NAE_EAOK_eestikeelsed_sunnimeetrikad, lk 30
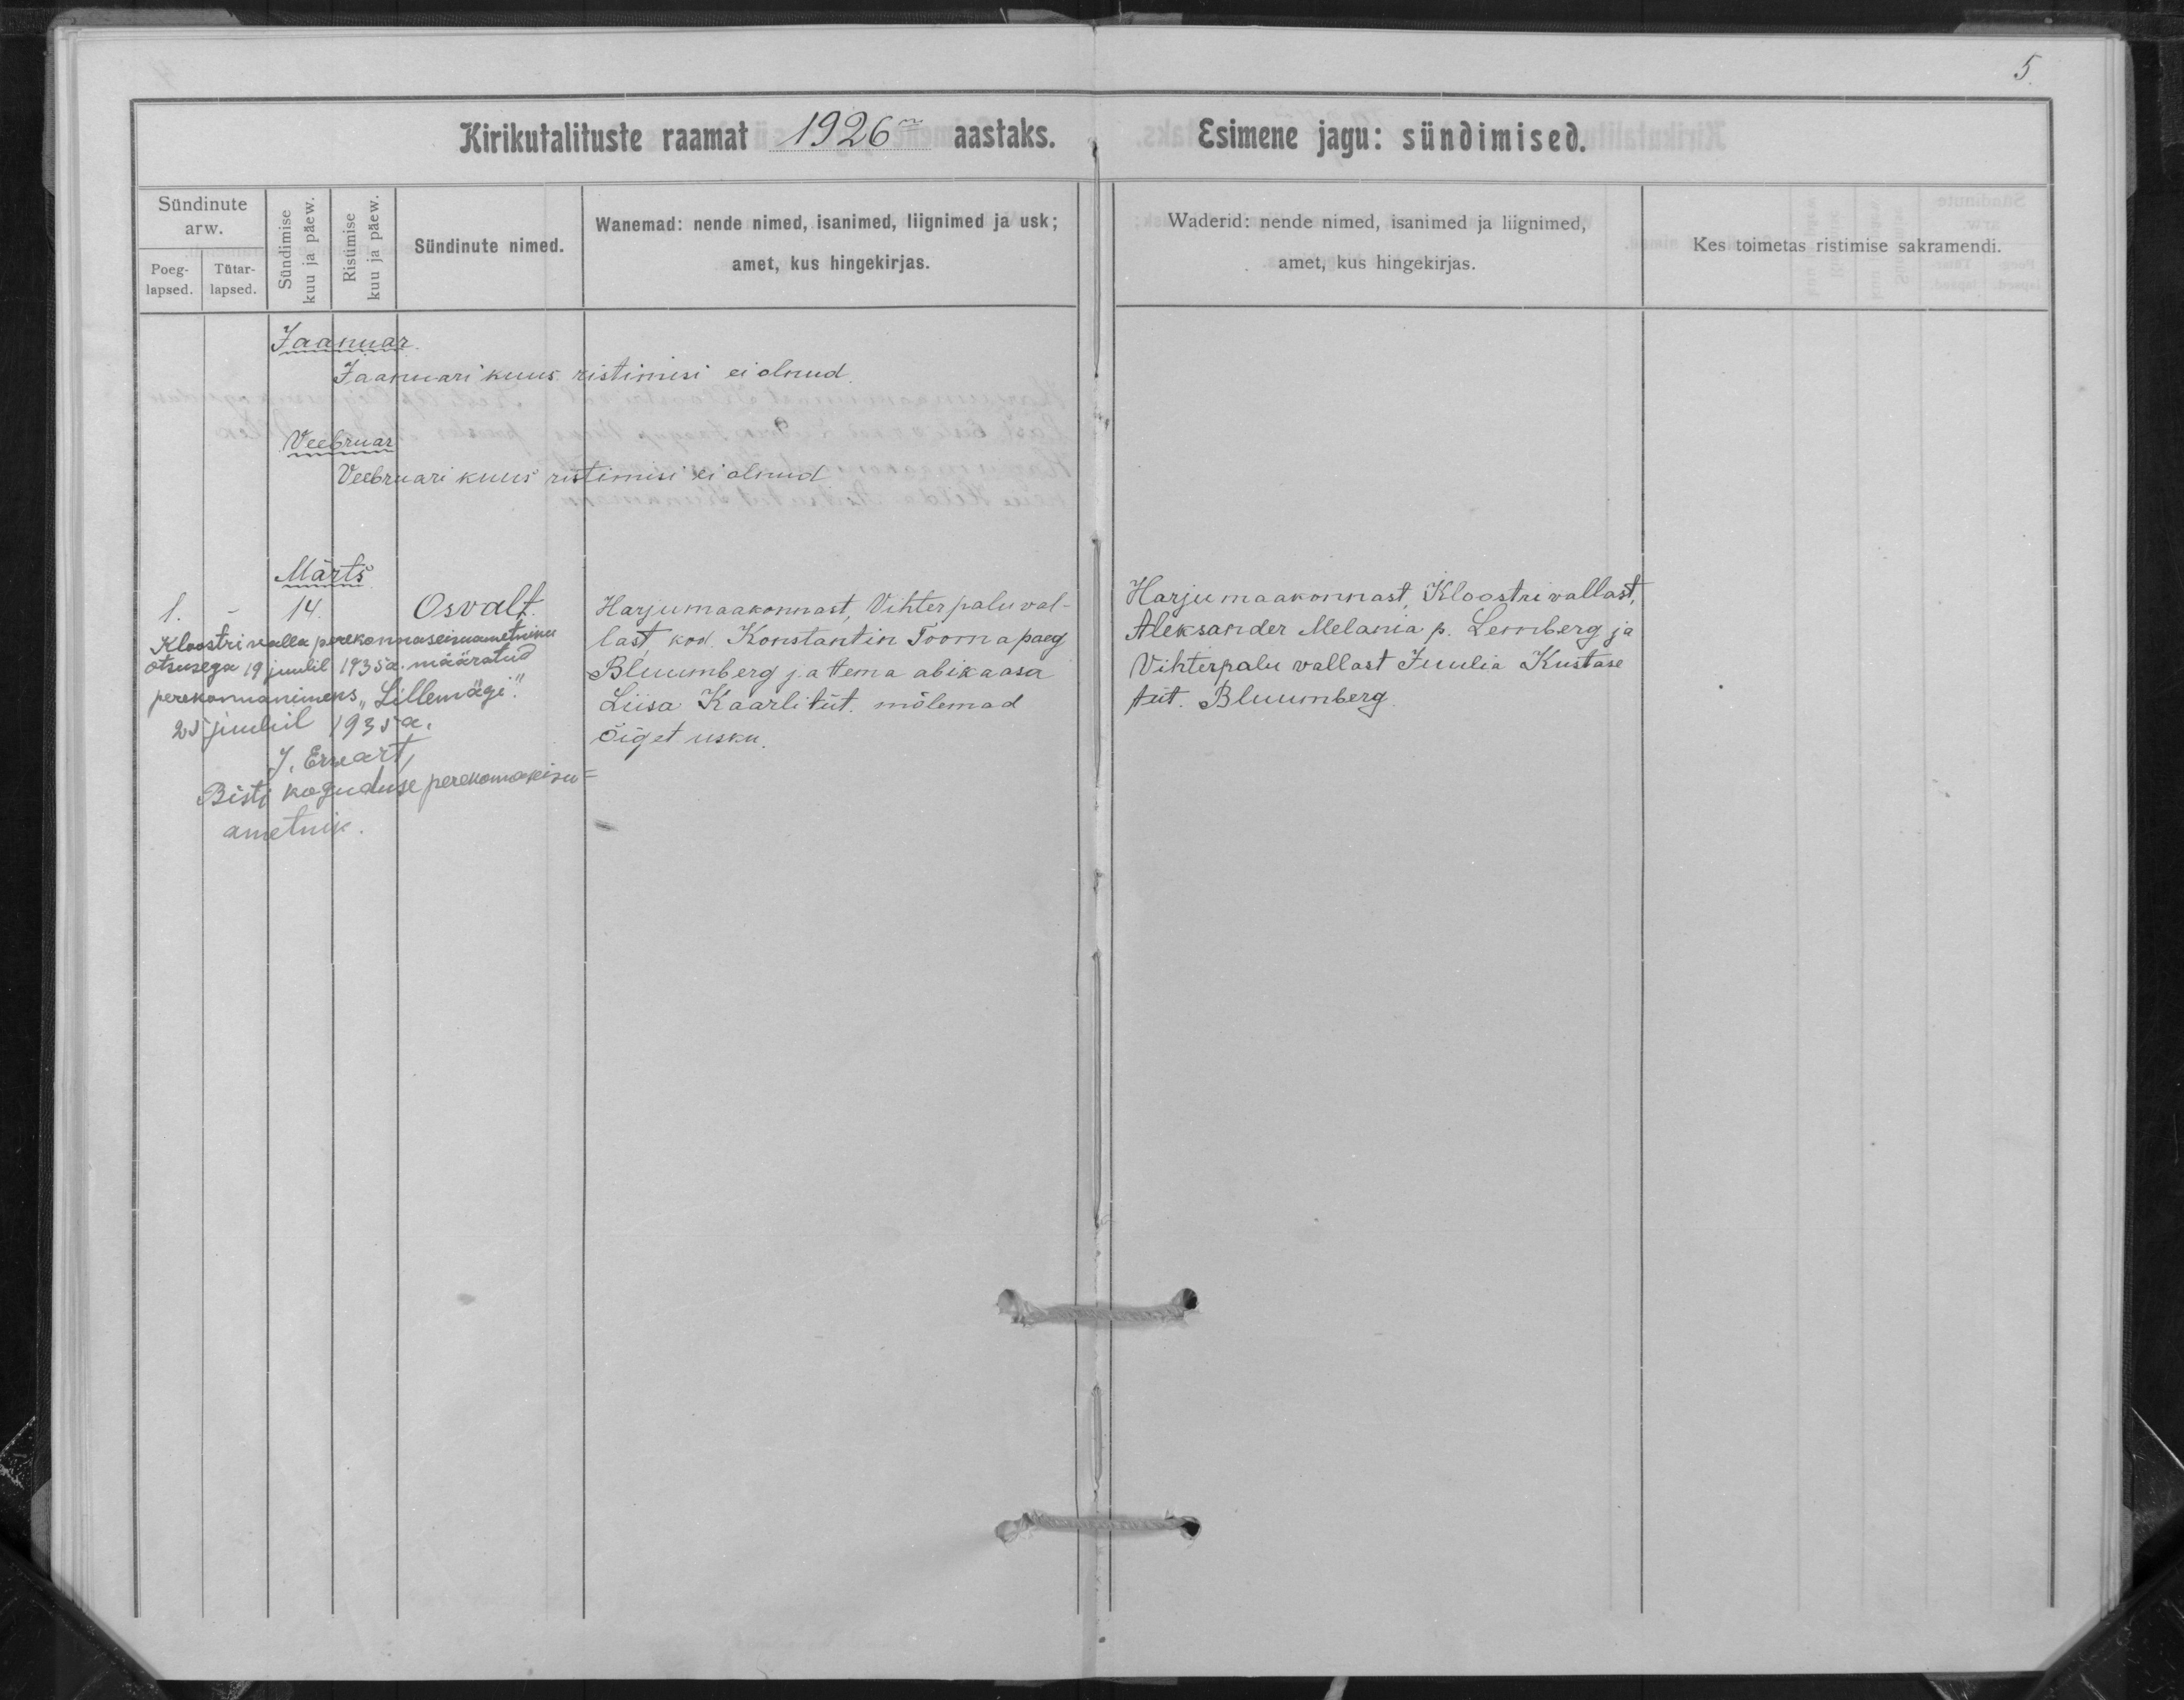
Osvalt

Harju maakonnas, Vihterpalu val-
last, kod. Konstantin Tooma poeg
Bluumberg ja tema abikaasa
Liisa Kaarli tüt. mõlemad
Õiget usku.